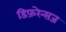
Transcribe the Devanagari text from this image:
डिफ़रेन्सज